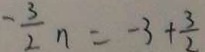
- \frac { 3 } { 2 } n = - 3 + \frac { 3 } { 2 }